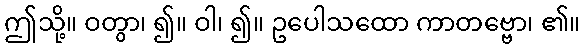
ဤသို့။ ဝတွာ၊ ၍။ ဝါ၊ ၍။ ဥပေါသထော ကာတဗ္ဗော၊ ၏။